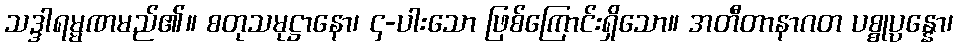
သဒ္ဒါရမ္မဏမည်၏။ စတုသမုဋ္ဌာနော၊ ၄-ပါးသော ဖြစ်ကြောင်းရှိသော။ အတီတာနာဂတ ပစ္စုပ္ပန္နော၊